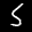
Label: 5